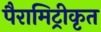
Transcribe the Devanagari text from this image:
पैरामिट्रीकृत